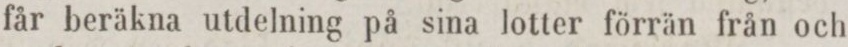
får beräkna utdelning på sina lotter förrän från och